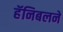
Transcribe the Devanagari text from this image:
हॅनिबलने